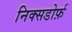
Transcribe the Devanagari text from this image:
निक्सडोर्फ़